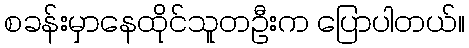
စခန်းမှာနေထိုင်သူတဦးက ပြောပါတယ်။